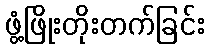
ဖွံ့ဖြိုးတိုးတက်ခြင်း